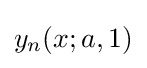
y_{n}(x;a,1)